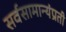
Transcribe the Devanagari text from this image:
सर्वसामान्यंप्रती